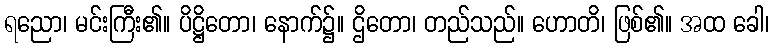
ရညော၊ မင်းကြီး၏။ ပိဋ္ဌိတော၊ နောက်၌။ ဌိတော၊ တည်သည်။ ဟောတိ၊ ဖြစ်၏။ အထ ခေါ၊